65_HS1-834228961_62-HQ-83894_Serial_130
Agency: FBI
Page 82
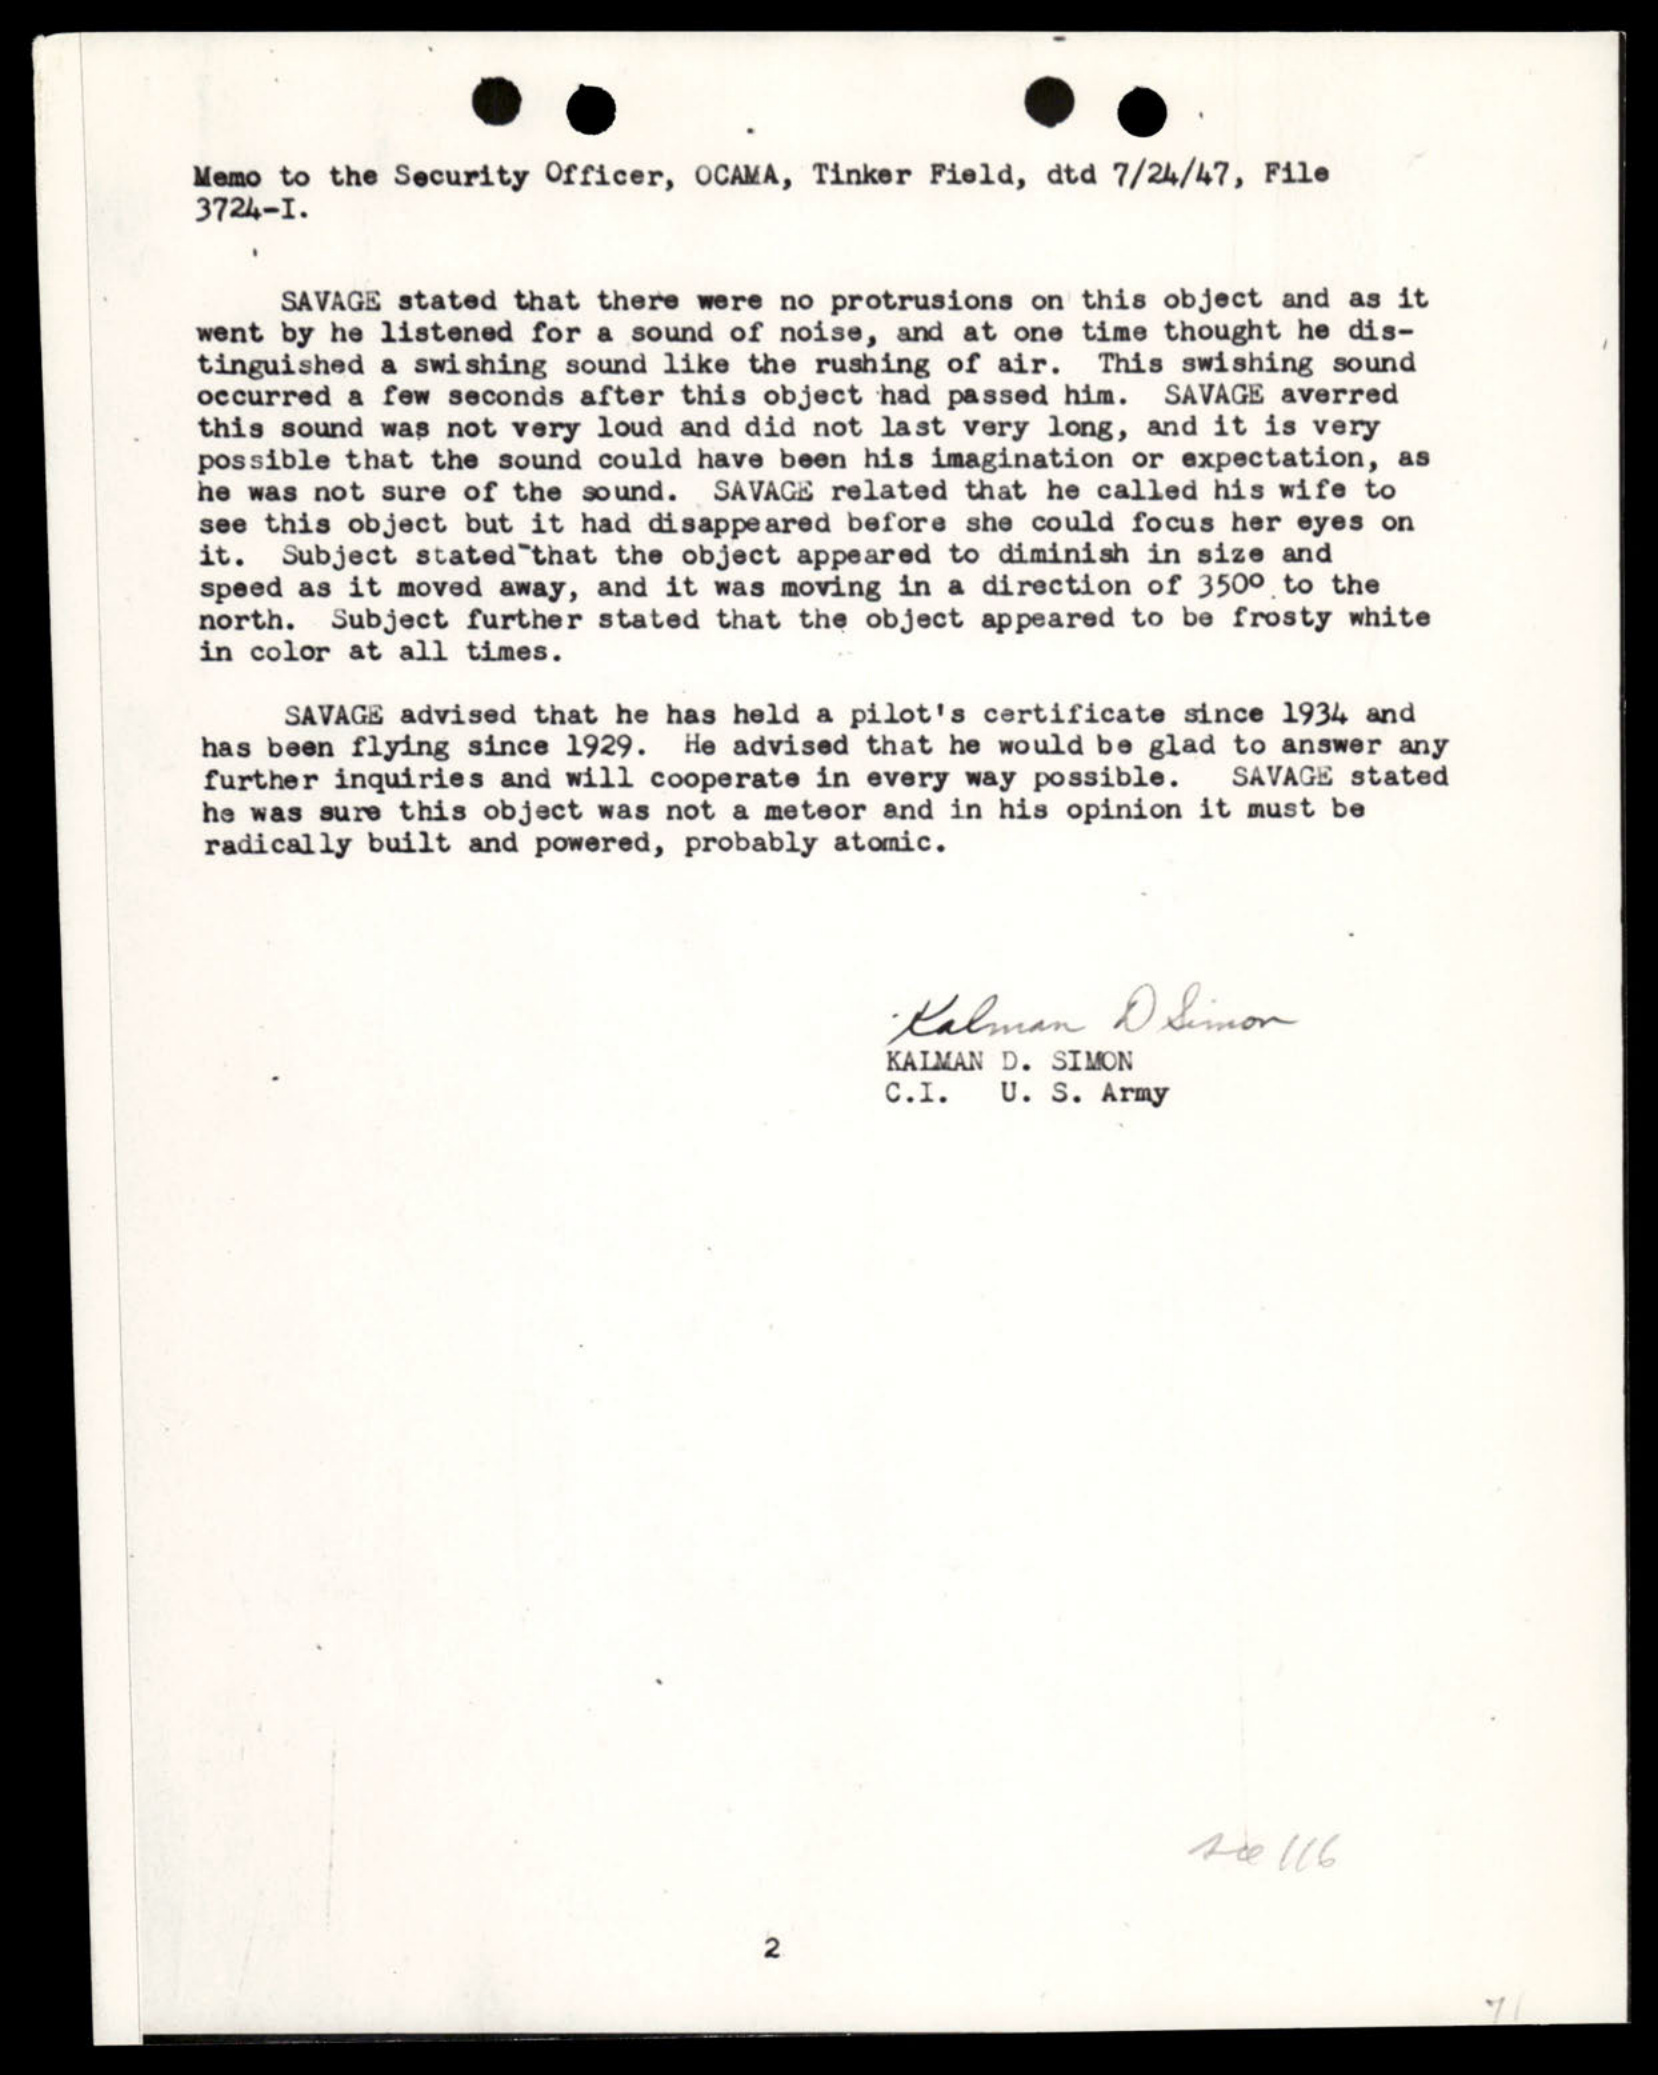